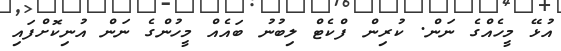
އުޅޭ މީހެއްގެ ނަން. ކުރިން ފްކެޓް ލިބުނު ބައެއް މީހުންގެ ނަން އުނިކޮށްފައި